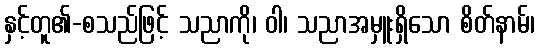
နှင့်တူ၏-စသည်ဖြင့် သညာကို၊ ဝါ၊ သညာအမှူးရှိသော စိတ်နာမ်၊